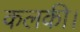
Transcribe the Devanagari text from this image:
कलकी।